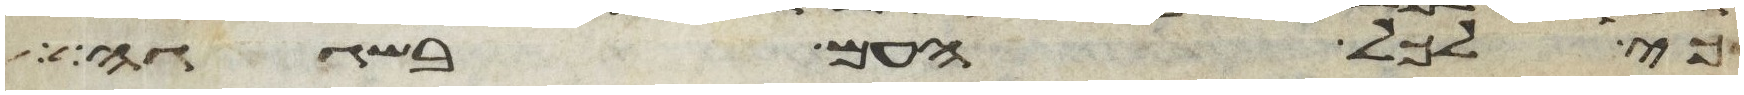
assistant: כי לכל העם בשגגה